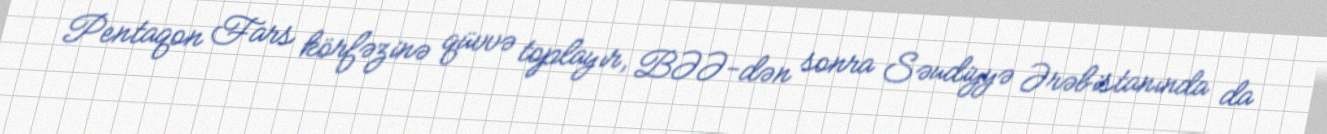
Pentaqon Fars körfəzinə qüvvə toplayır, BƏƏ-dən sonra Səudiyyə Ərəbistanında da